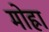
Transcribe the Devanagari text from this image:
मोह्रा